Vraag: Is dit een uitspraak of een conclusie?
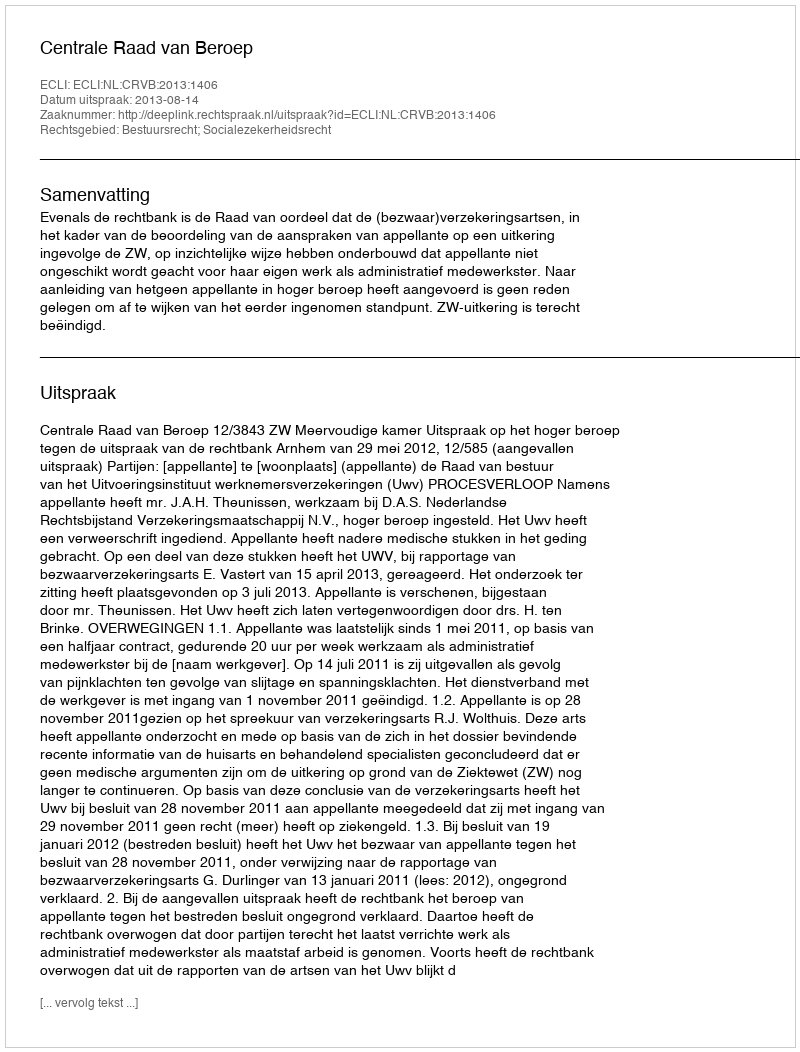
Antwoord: Uitspraak